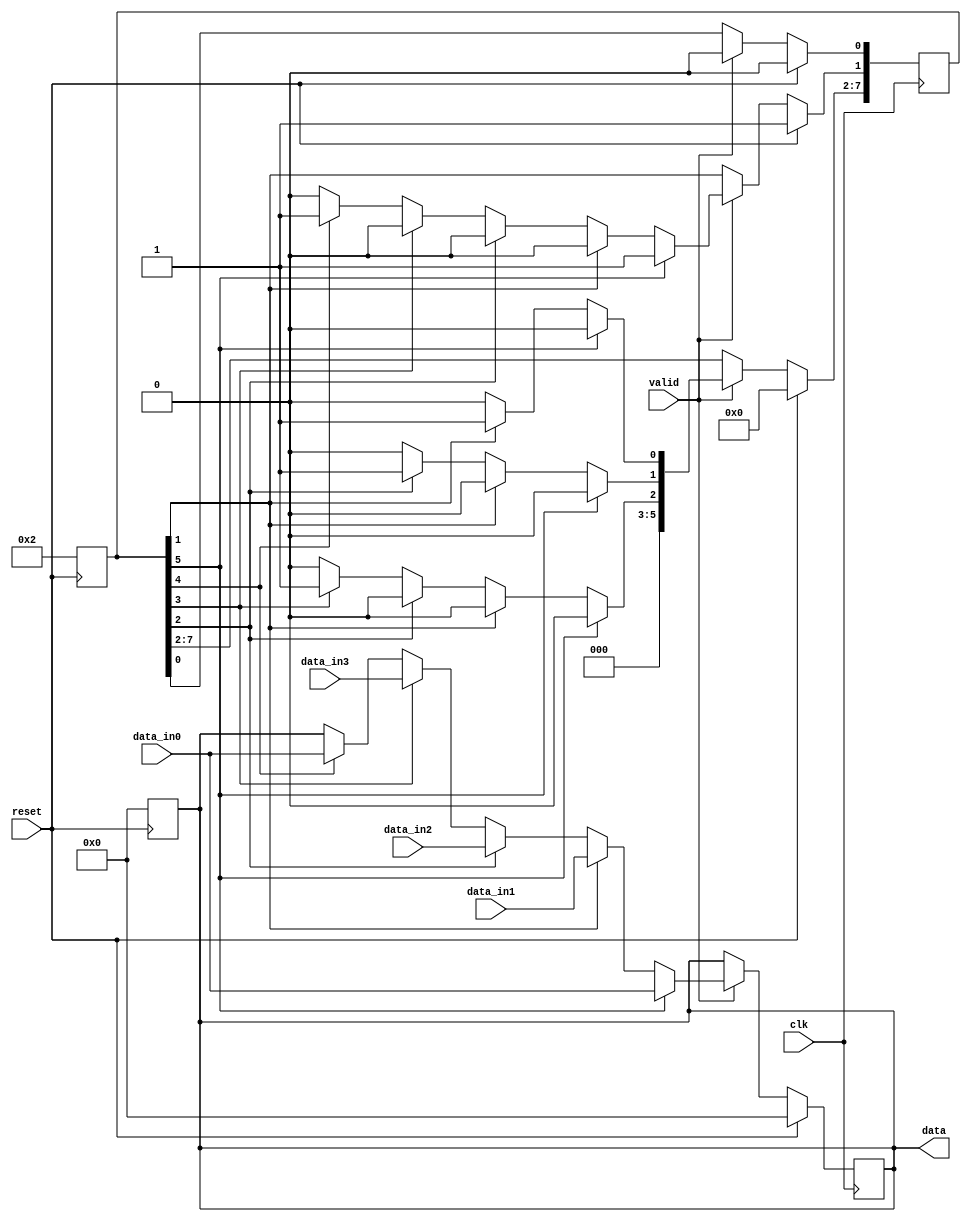
//Proyecto #1 Circuitos Digitales 2//
module bytestripingRX( input clk, reset, valid,
   output reg[7:0] data,
   input [7:0] data_in0, data_in1, data_in2, data_in3);

   reg [7:0] data_next;

//Indice de registro de los 4 estados,
 parameter [4:0] LaneA = 1,
		 LaneB = 2,
		 LaneC = 3,
		 LaneD = 4,
		 Estado0 =5; //Me da la seal para empezar
		
 reg [7:0] state, next_state; // Se le asignan 8 bits para utlizar one-hot.

//Bloque de Flip Flops
 always @(posedge reset)

	if(reset)begin
	  state <= 8'b00000000; 
	  state[LaneA] <= 1'b1;
	  data<=8'b00000000;
	end
	else if(valid) begin 
		state <= next_state;
		data<=data_next;
	end
		
 always @(posedge clk)

	if(reset)begin
	  state <= 8'b00000000; 
	  state[LaneA] <= 1'b1;
	  data<=8'b00000000;
	end
	else if(valid) begin 
		state <= next_state;
		data<=data_next;
	end

// Bloque de asignacion de los estados y sus transiciones.
 always@(*) begin
	next_state = 8'b00000000;
	data_next=data;  //Evita los Latch inferidos
	case (1'b1)

		state[Estado0]: if(valid) begin next_state [LaneA] = 1'b1;
				
					data_next=data_in0;

			      	end else   next_state [Estado0] = 1'b1;

	
		state[LaneA]: if(valid) begin next_state [LaneB] = 1'b1;
				
					data_next=data_in1;
				
			      end else   next_state [LaneA] = 1'b1;
		
		state[LaneB]: if(valid)begin  next_state [LaneC] = 1'b1;

					data_next=data_in2;			

			      end else   next_state [LaneB] = 1'b1;
		
		state[LaneC]: if(valid) begin next_state [LaneD] = 1'b1;

					data_next=data_in3;

			      end else next_state [LaneC] = 1'b1;
      		
		state[LaneD]: if(valid) begin next_state [LaneA] = 1'b1;

				
					data_next=data_in0;			

			      end else next_state [LaneD] = 1'b1;
	endcase
end
endmodule